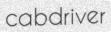
cabdriver